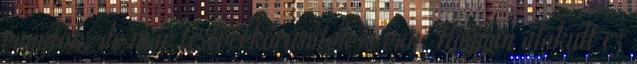
vagytok, de már testvérkórusotok is van. Hogyan alakult ez